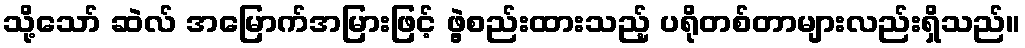
သို့သော် ဆဲလ် အမြောက်အမြားဖြင့် ဖွဲ့စည်းထားသည့် ပရိုတစ်တာများလည်းရှိသည်။